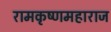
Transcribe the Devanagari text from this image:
रामकृष्णमहाराज